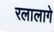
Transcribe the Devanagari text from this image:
रलालागे